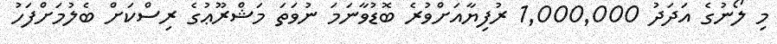
މި ލޯނުގެ އަދަދު 1